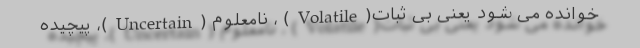
خوانده می شود یعنی بی ثبات(Volatile) ، نامعلوم (Uncertain)، پیچیده